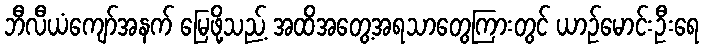
ဘီလီယံကျော်အနက် မြေဖို့သည့် အထိအတွေ့အရသာတွေကြားတွင် ယာဉ်မောင်းဦးရေ